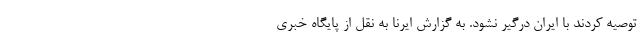
توصیه کردند با ایران درگیر نشود. به گزارش ایرنا به نقل از پایگاه خبری